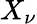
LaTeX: X_{\nu}